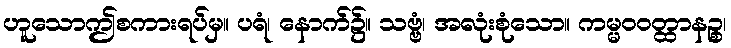
ဟူသောဤစကားရပ်မှ။ ပရံ၊ နောက်၌။ သဗ္ဗံ၊ အလုံးစုံသော။ ကမ္မဝဝတ္ထာနဉ္စ၊